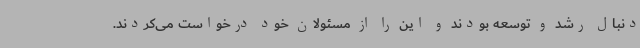
دنبال رشد و توسعه بودند و این را از مسئولان خود درخواست می‌کردند.